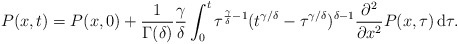
\begin{align*}P(x,t)= P(x,0)+ \frac{1}{\Gamma(\delta)}\frac{\gamma}{\delta}\int_0^t \tau^{\frac{\gamma}{\delta}-1}(t^{\gamma/\delta}-\tau^{\gamma/\delta})^{\delta-1}\frac{\partial^2}{\partial x^2}P(x,\tau)\,\mathrm{d}\tau.\end{align*}